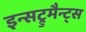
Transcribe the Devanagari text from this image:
इन्सट्रुमैन्ट्स